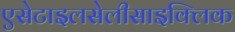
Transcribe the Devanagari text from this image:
एसेटाइलसेलीसाइक्लिक